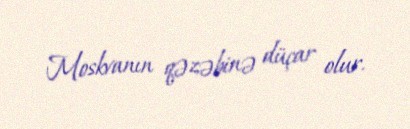
Moskvanın qəzəbinə düçar olur.